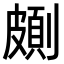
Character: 𠠉